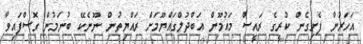
އަހަރުން ފެށިގެން ކުރީގެ ރައީސް މައުމޫން އަބްދުލްގައްޔޫމަށް ރައްޔިތުން ނޫނެކޭ ބުނަމުން ގޮސްފައިވާ